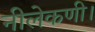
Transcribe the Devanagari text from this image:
नीलेकणी।